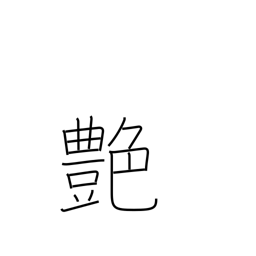
Meaning: polish